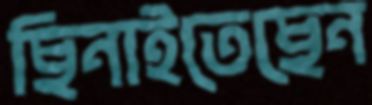
ছিনাইতেছেন